Civil Veterinary Dept. North-West Frontier Province 1923-32 - 1923-1932
Year: 1923
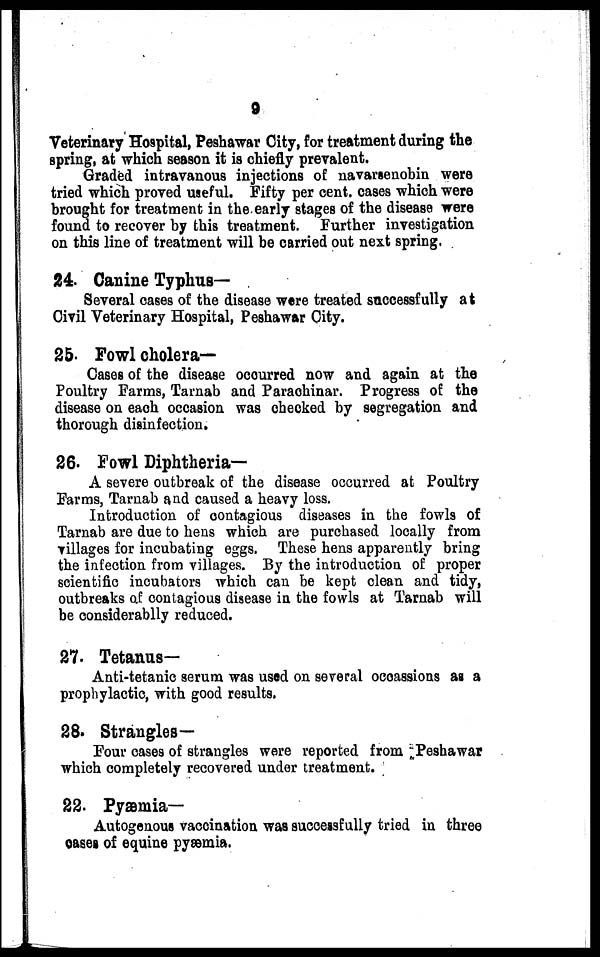
9
Veterinary Hospital, Peshawar City, for treatment during the
spring, at which season it is chiefly prevalent.
Graded intravanous injections of navarsenobin were
tried which proved useful. Fifty per cent. cases which were
brought for treatment in the early stages of the disease were
found to recover by this treatment. Further investigation
on this line of treatment will be carried out next spring.
24. Canine Typhus-
Several cases of the disease were treated successfully at
Civil Veterinary Hospital, Peshawar City.
25. Fowl cholera-
Cases of the disease occurred now and again at the
Poultry Farms, Tarnab and Parachinar. Progress of the
disease on each occasion was checked by segregation and
thorough disinfection.
26. Fowl Diphtheria—
A severe outbreak of the disease occurred at Poultry
Farms, Tarnab and caused a heavy loss.
Introduction of contagious diseases in the fowls of
Tarnab are due to hens which are purchased locally from
villages for incubating eggs. These hens apparently bring
the infection from villages. By the introduction of proper
scientific incubators which can be kept clean and tidy,
outbreaks of contagious disease in the fowls at Tarnab will
be considerablly reduced.
27. Tetanus—
Anti-tetanic serum was used on several occassions as a
prophylactic, with good results.
28. Strangles—
Four cases of strangles were reported from Peshawar
which completely recovered under treatment.
22. Pyæmia—
Autogenous vaccination was successfully tried in three
cases of equine pyæmia.